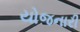
યોજનારી